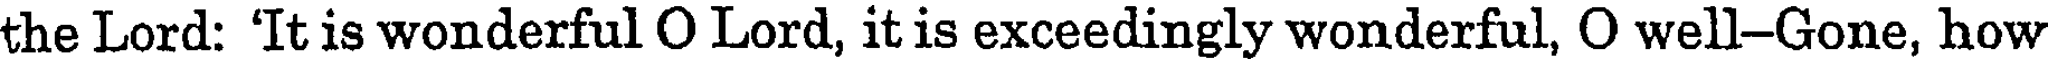
the Lord: 'It is wonderful O Lord, it is exceedingly wonderful, O well-Gone, how